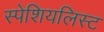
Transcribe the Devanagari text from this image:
स्पेशियलिस्ट